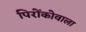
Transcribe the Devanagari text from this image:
पिरोंकोवाला